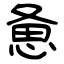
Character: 惫